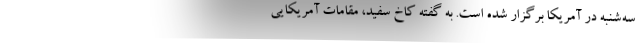
سه‌شنبه در آمریکا برگزار شده است. به گفته کاخ سفید، مقامات آمریکایی